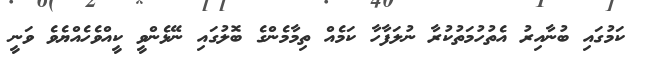
ކަމުގައި ބުނާއިރު އެތުހުމަތުކުރާ ނުލަފާހާ ކަމެއް ތިމާމެންގެ ބޮލުގައި ނޭޅެންވީ ކީއްވެހެއްޔެވެ ވަނީ